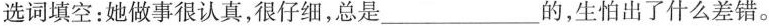
选词填空：她做事很认真，很仔细，总是___的，生怕出了什么差错。